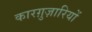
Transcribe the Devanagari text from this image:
कारग़ुज़ारियों